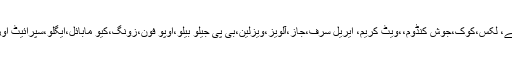
پیمرا نے مختلف ٹی وی چینلز پر چلنے والے، لکس،کوک،جوش کنڈوم،،ویٹ کریم، ایریل سرف،جاز،آلویز،ویزلین،بی پی جیلو بیلو،اوپو فون،زونگ،کیو مابائل،ایگلو،سپرائیٹ اور قمر چائے کمرشلز پر پابندی عائد کردی۔